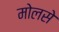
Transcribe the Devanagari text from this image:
मोलसे